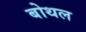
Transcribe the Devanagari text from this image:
बोथल